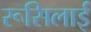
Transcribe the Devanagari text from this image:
रूसिलाई